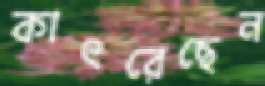
কাৎরেছেন